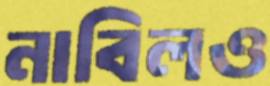
নাবিলও